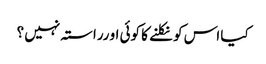
کیا اس کو نکلنے کا کوئی او رراستہ نہیں ؟